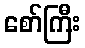
စော်ကြီး